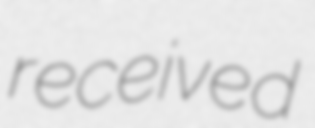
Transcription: received